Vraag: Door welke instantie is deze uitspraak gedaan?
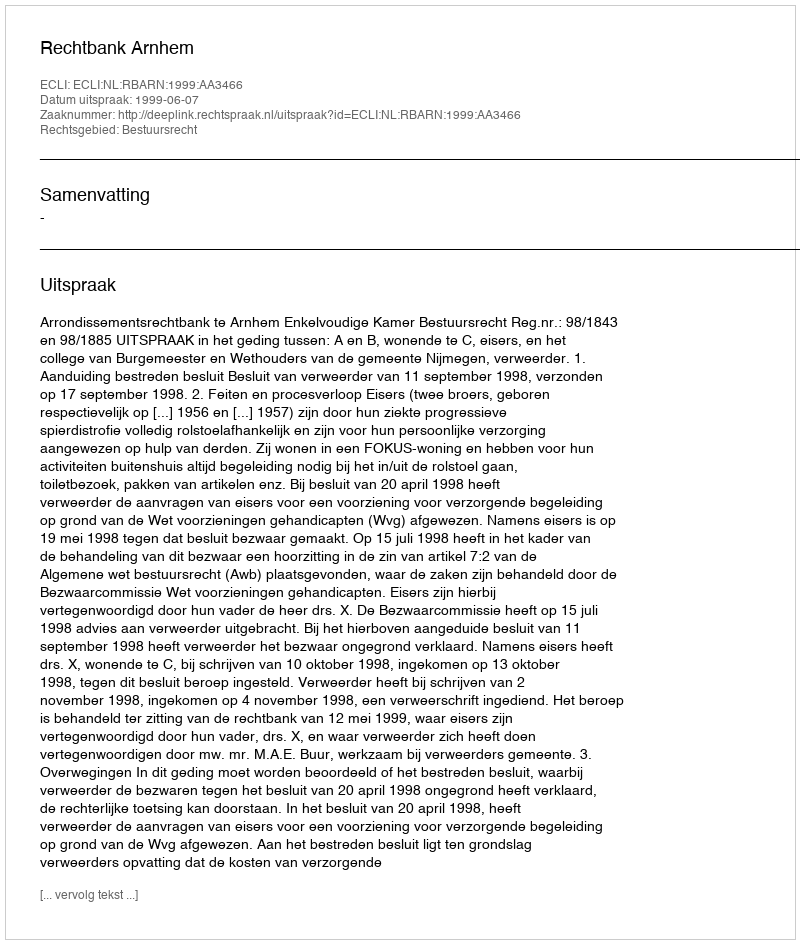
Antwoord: Rechtbank Arnhem